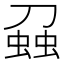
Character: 𧌣